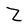
Character: Z